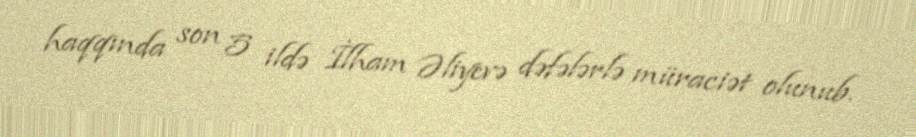
haqqında son 5 ildə İlham Əliyevə dəfələrlə müraciət olunub.